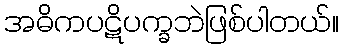
အဓိကပဋိပက္ခဘဲဖြစ်ပါတယ်။